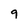
Character: 9